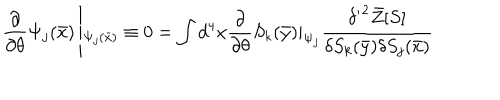
\frac { \partial } { \partial \theta } \Psi _ { j } ( \bar { x } ) \left| _ { \Psi _ { j } ( \bar { x } ) } \equiv 0 = \int d ^ { 4 } x \frac { \partial } { \partial \theta } S _ { k } ( \bar { y } ) | _ { \Psi _ { j } } \frac { { \delta ^ { \prime } } ^ { 2 } \bar { Z } [ S ] } { \delta S _ { k } ( \bar { y } ) \delta S _ { j } ( \bar { x } ) } \right.